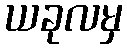
ယခုလမှ